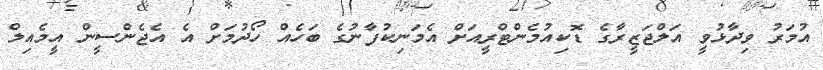
އުމަރު ވިދާޅުވީ އަލްޖަޒީރާގެ ޑޮކިއުމެންޓްރީއަށް އެމަނިކުފާނުގެ ބަހެއް ހޯދުމަށް އެ އެޖެންސީން އީމެއިލް